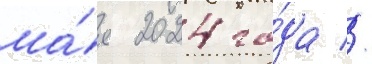
ма́я 2024 го́да //